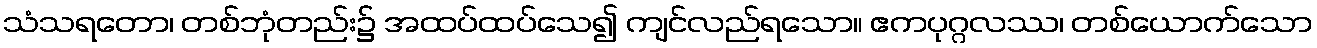
သံသရတော၊ တစ်ဘုံတည်း၌ အထပ်ထပ်သေ၍ ကျင်လည်ရသော။ ဧကပုဂ္ဂလဿ၊ တစ်ယောက်သော